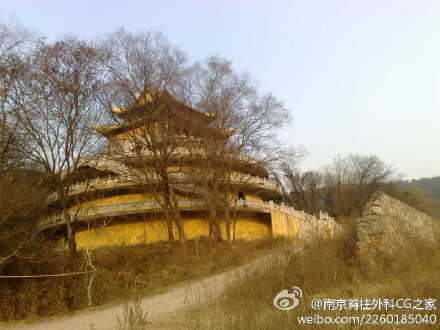
凭栏久，黄芦苦竹，拟泛九江船。